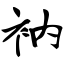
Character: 衲